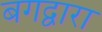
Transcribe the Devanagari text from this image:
बगद्वारा